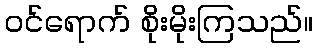
ဝင်ရောက် စိုးမိုးကြသည်။